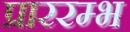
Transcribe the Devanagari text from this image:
प्राररम्भ